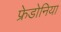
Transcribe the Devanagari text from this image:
फ्रेडोनिया